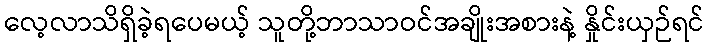
လေ့လာသိရှိခဲ့ရပေမယ့် သူတို့ဘာသာဝင်အချိုးအစားနဲ့ နှိုင်းယှဉ်ရင်